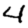
Digit: 4